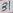
Text: 31